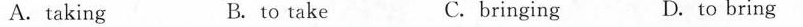
A.taking B. to take C. bringing D.to bring